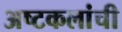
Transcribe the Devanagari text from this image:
अष्‍टकलांची